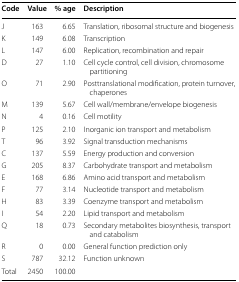
<table><thead><tr><td><b>Code</b></td><td><b>Value</b></td><td><b>% age</b></td><td><b>Description</b></td></tr></thead><tbody><tr><td>J</td><td>163</td><td>6.65</td><td>Translation, ribosomal structure and biogenesis</td></tr><tr><td>K</td><td>149</td><td>6.08</td><td>Transcription</td></tr><tr><td>L</td><td>147</td><td>6.00</td><td>Replication, recombination and repair</td></tr><tr><td>D</td><td>27</td><td>1.10</td><td>Cell cycle control, cell division, chromosome partitioning</td></tr><tr><td>O</td><td>71</td><td>2.90</td><td>Posttranslational modification, protein turnover, chaperones</td></tr><tr><td>M</td><td>139</td><td>5.67</td><td>Cell wall/membrane/envelope biogenesis</td></tr><tr><td>N</td><td>4</td><td>0.16</td><td>Cell motility</td></tr><tr><td>P</td><td>125</td><td>2.10</td><td>Inorganic ion transport and metabolism</td></tr><tr><td>T</td><td>96</td><td>3.92</td><td>Signal transduction mechanisms</td></tr><tr><td>C</td><td>137</td><td>5.59</td><td>Energy production and conversion</td></tr><tr><td>G</td><td>205</td><td>8.37</td><td>Carbohydrate transport and metabolism</td></tr><tr><td>E</td><td>168</td><td>6.86</td><td>Amino acid transport and metabolism</td></tr><tr><td>F</td><td>77</td><td>3.14</td><td>Nucleotide transport and metabolism</td></tr><tr><td>H</td><td>83</td><td>3.39</td><td>Coenzyme transport and metabolism</td></tr><tr><td>I</td><td>54</td><td>2.20</td><td>Lipid transport and metabolism</td></tr><tr><td>Q</td><td>18</td><td>0.73</td><td>Secondary metabolites biosynthesis, transport and catabolism</td></tr><tr><td>R</td><td>0</td><td>0.00</td><td>General function prediction only</td></tr><tr><td>S</td><td>787</td><td>32.12</td><td>Function unknown</td></tr><tr><td>Total</td><td>2450</td><td>100.00</td><td></td></tr></tbody></table>